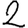
Digit: 2